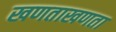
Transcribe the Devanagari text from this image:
खणताखणता